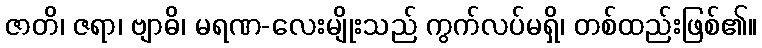
ဇာတိ၊ ဇရာ၊ ဗျာဓိ၊ မရဏ-လေးမျိုးသည် ကွက်လပ်မရှိ၊ တစ်ထည်းဖြစ်၏။